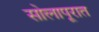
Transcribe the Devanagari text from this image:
सोलापूरात